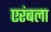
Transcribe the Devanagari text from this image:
एरंबला